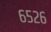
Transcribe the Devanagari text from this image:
६५२६